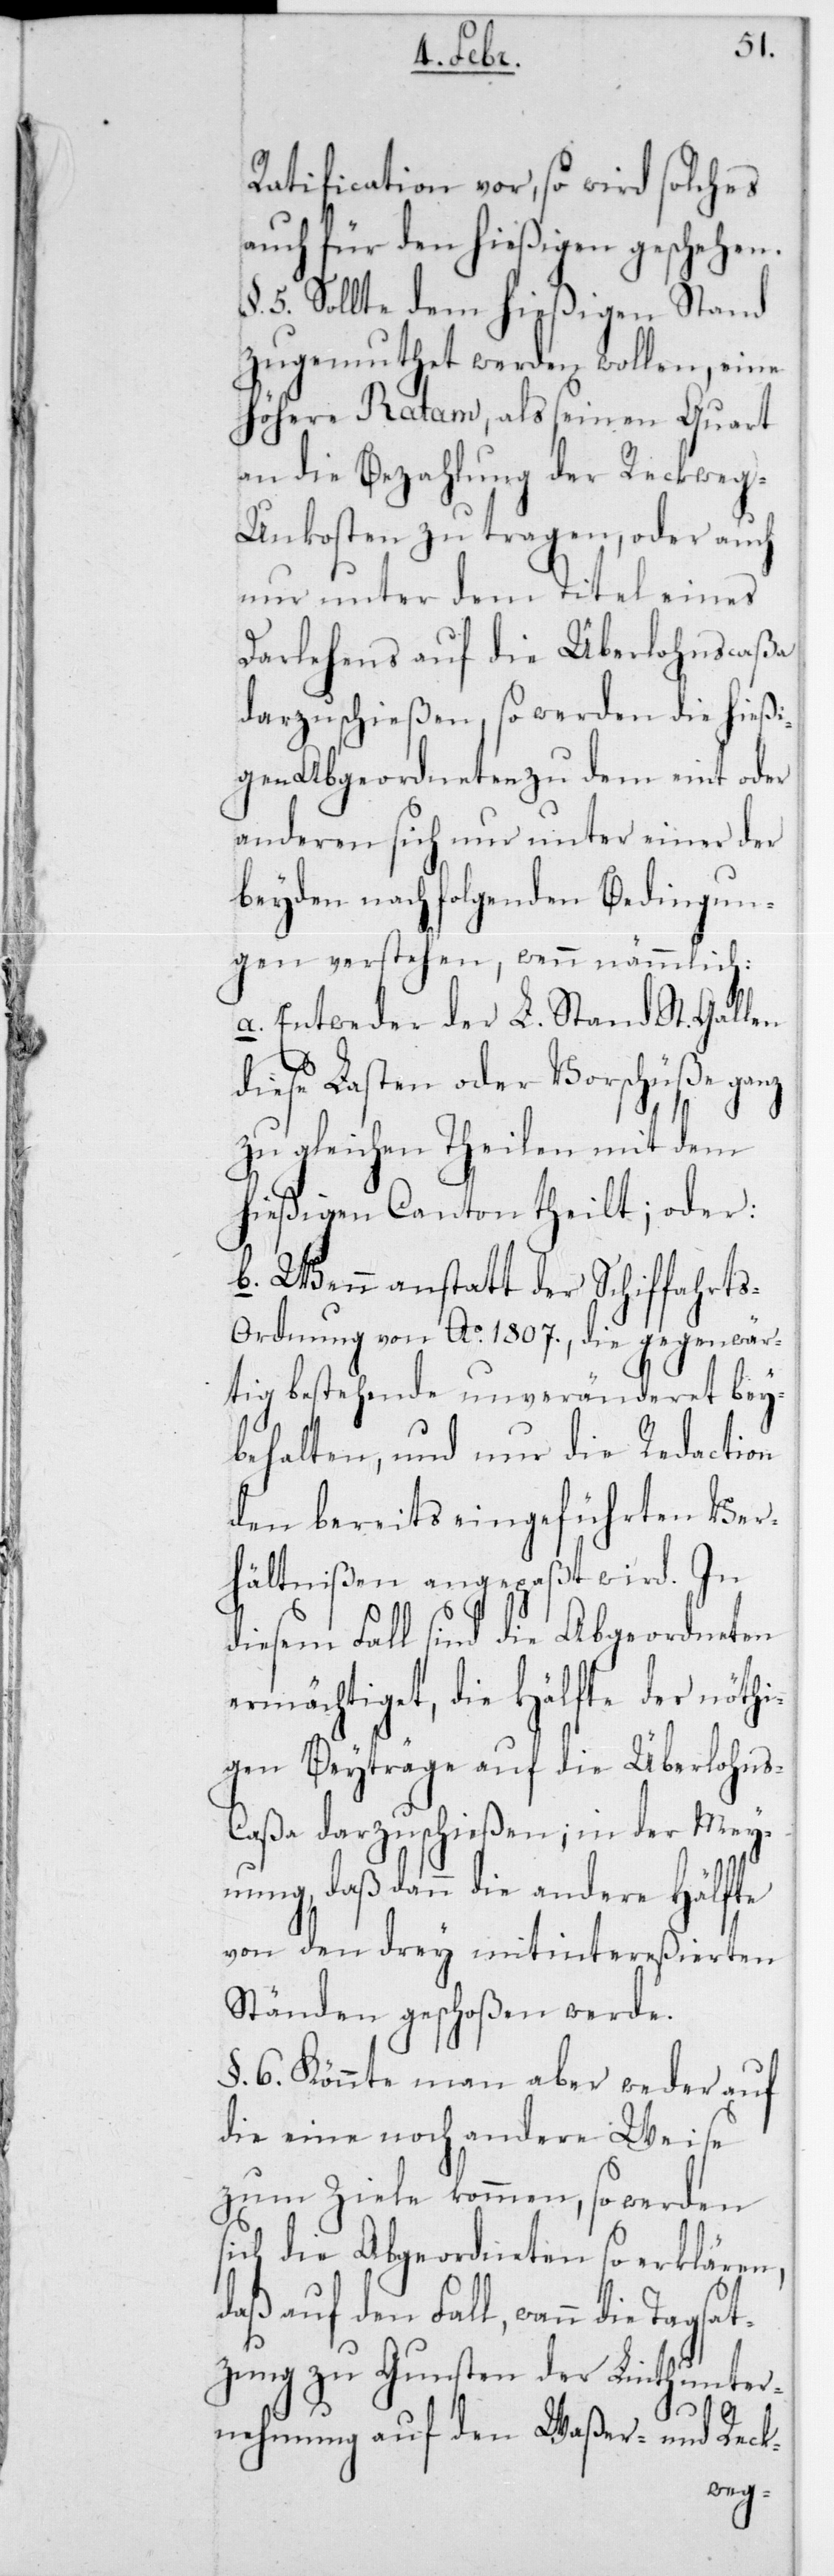
Ratification vor, so wird solches
auch für den hießigen geschehen.
5. Sollte dem hießigen Stand
zugemuthet werden wollen, eine
höhere Ratam, als seinen Quart
an die Bezahlung der Reckweg-U¬
nkosten zu tragen, oder auch
nur unter dem Titel eines
Darlehens auf die Überlohnscaßa
darzuschießen, so werden die hießi¬
gen Abgeordneten zu dem eint oder
anderen sich nur unter einer der
beyden nachfolgenden Bedingun¬
gen verstehen, wenn nämmlich:
a. Entweder der L. Stand St. Gallen
diese Lasten oder Vorschüße ganz
zu gleichen Theilen mit dem
hießigen Canton theilt; oder:
b. Wenn anstatt der Schiffahrt¬
s-Ordnung von Ao 1807, die gegenwär¬
tig bestehende unveränderet bey¬
behalten, und nur die Redaction
den bereits eingeführten Ver¬
hältnißen angepaßt wird. In
diesem Fall sind die Abgeordneten
ermächtiget, die Hälfte der nöthi¬
gen Beyträge auf die Überlohns-C¬
aßa darzuschießen; in der Mey¬
nung, daß dann die andere Hälfte
von den drey mitintereßierten
Ständen geschoßen werde.
§. 6. Könnte man aber weder auf
die eine noch andere Weise
zum Ziele kommen, so werden
sich die Abgeordneten so erklären,
daß auf den Fall, wann die Tags¬
atzung zu Gunsten der Linthunter¬
nehmung auf den Waßer- und Reck-